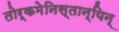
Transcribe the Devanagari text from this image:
तोर्कमेनिस्तान्यिन्